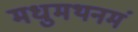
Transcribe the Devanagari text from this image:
मधुमथनमं